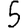
Digit: 5